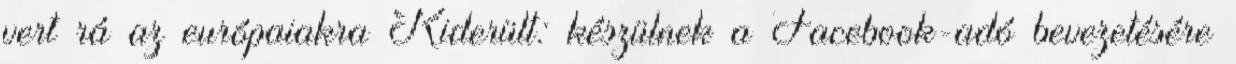
vert rá az európaiakra Kiderült: készülnek a Facebook-adó bevezetésére